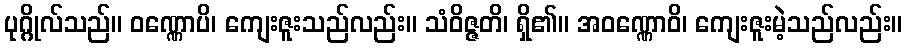
ပုဂ္ဂိုလ်သည်။ ဝဏ္ဏောပိ၊ ကျေးဇူးသည်လည်း။ သံဝိဇ္ဇတိ၊ ရှိ၏။ အဝဏ္ဏောဝိ၊ ကျေးဇူးမဲ့သည်လည်း။